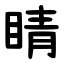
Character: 睛